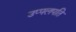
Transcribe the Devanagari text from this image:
उप्पलपति